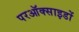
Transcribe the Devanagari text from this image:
परऑक्साइडों